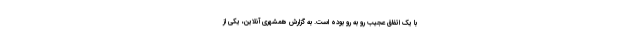
با یک اتفاق عجیب رو به رو بوده است. به گزارش همشهری آنلاین، یکی از